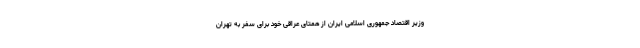
وزیر اقتصاد جمهوری اسلامی ایران از همتای عراقی خود برای سفر به تهران